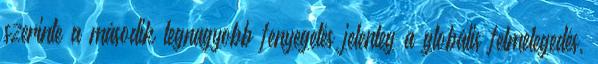
szerinte a második legnagyobb fenyegetés jelenleg a globális felmelegedés,